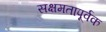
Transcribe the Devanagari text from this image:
सक्षमतापूर्वक